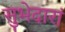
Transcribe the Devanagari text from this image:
सुभेदारां